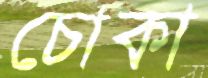
চোকা